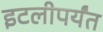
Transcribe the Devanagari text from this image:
इटलीपर्यंत